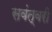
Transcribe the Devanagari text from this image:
सवंत्वरी